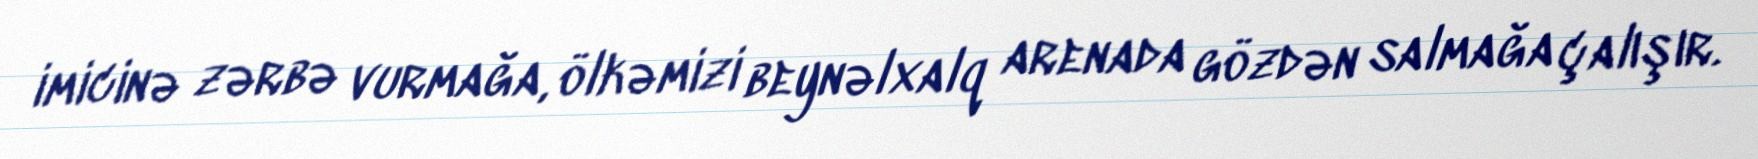
imicinə zərbə vurmağa, ölkəmizi beynəlxalq arenada gözdən salmağa çalışır.